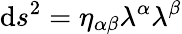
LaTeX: \mathrm{d}s^{2}=\eta_{\alpha\beta}\lambda^{\alpha}\lambda^{\beta}